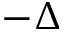
- \Delta